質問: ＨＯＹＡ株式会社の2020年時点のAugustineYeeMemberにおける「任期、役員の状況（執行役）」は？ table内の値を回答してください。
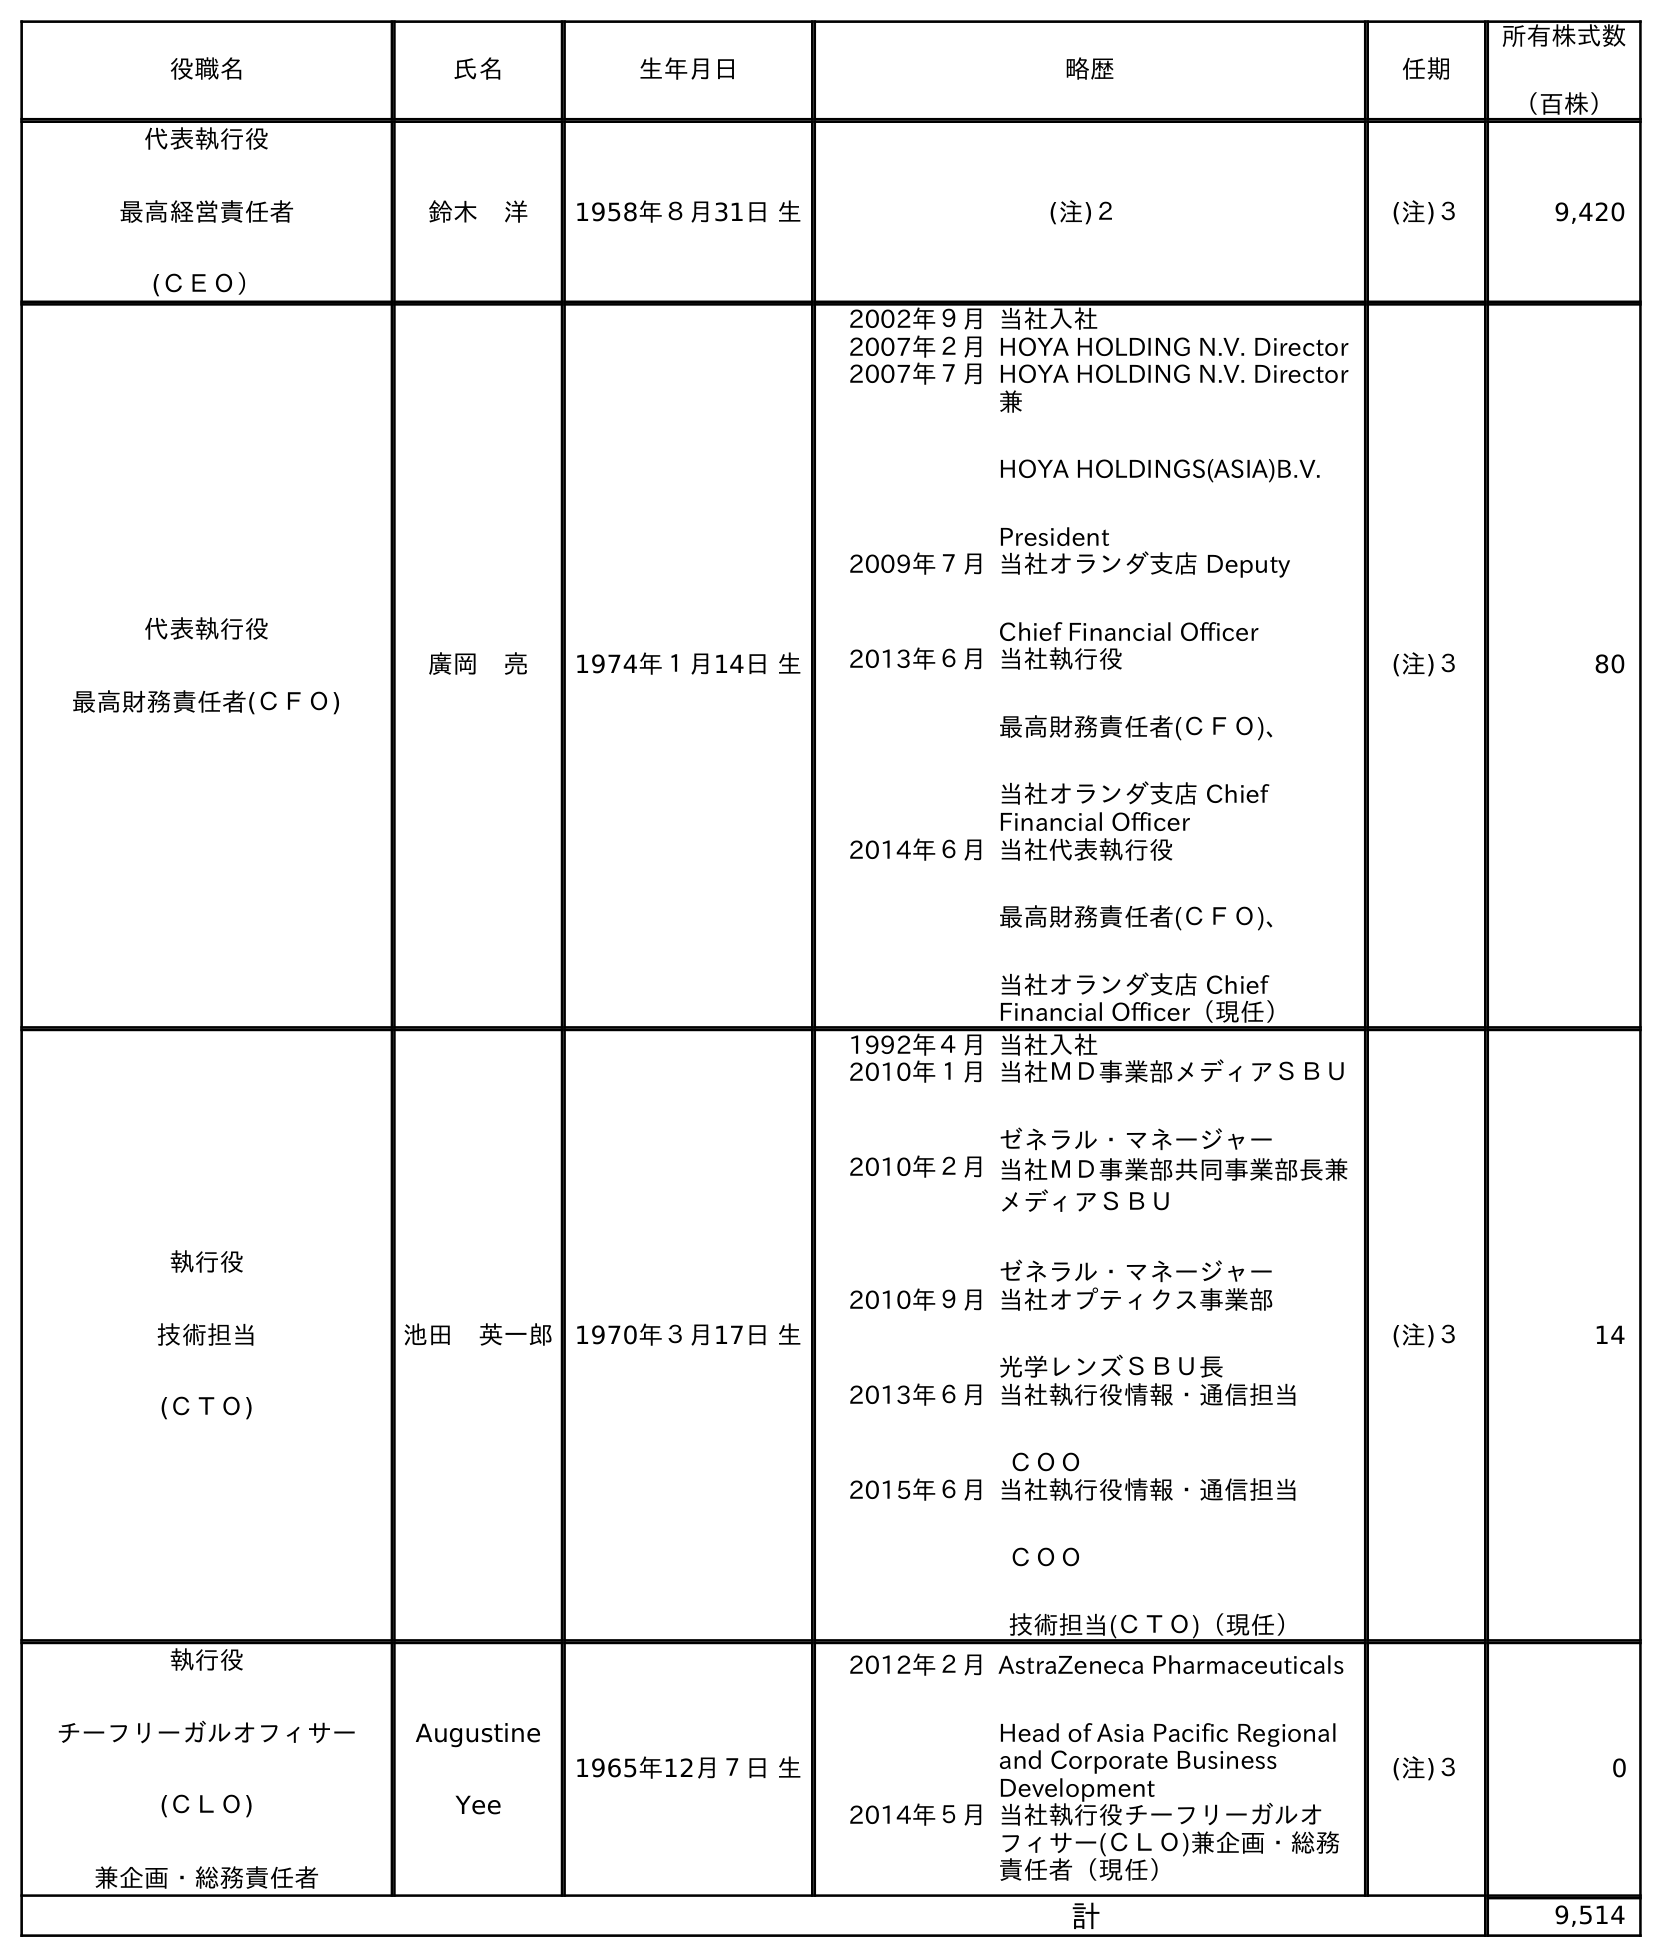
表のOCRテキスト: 役職名 氏名 生年月日 略歴 任期 所有株式数 （百株） 代表執行役 最高経営責任者 (ＣＥＯ） 鈴木 洋 1958年８月31日 生 (注)２ (注)３ 9,420 代表執行役 最高財務責任者(ＣＦＯ) 廣岡 亮 1974年１月14日 生 2002年９月当社入社 2007年２月HOYA HOLDING N.V. Director 2007年７月HOYA HOLDING N.V. Director 兼 HOYA HOLDINGS(ASIA)B.V. President 2009年７月当社オランダ支店 Deputy Chief Financial Officer 2013年６月当社執行役 最高財務責任者(ＣＦＯ)、 当社オランダ支店 Chief Financial Officer 2014年６月当社代表執行役 最高財務責任者(ＣＦＯ)、 当社オランダ支店 Chief Financial Officer（現任） (注)３ 80 執行役 技術担当 (ＣＴＯ) 池田 英一郎 1970年３月17日 生 1992年４月当社入社 2010年１月当社ＭＤ事業部メディアＳＢＵ ゼネラル・マネージャー 2010年２月当社ＭＤ事業部共同事業部長兼 メディアＳＢＵ ゼネラル・マネージャー 2010年９月当社オプティクス事業部 光学レンズＳＢＵ長 2013年６月当社執行役情報・通信担当 ＣＯＯ 2015年６月当社執行役情報・通信担当 ＣＯＯ 技術担当(ＣＴＯ)（現任） (注)３ 14 執行役 チーフリーガルオフィサー (ＣＬＯ) 兼企画・総務責任者 Augustine Yee 1965年12月７日 生 2012年２月AstraZeneca Pharmaceuticals Head of Asia Pacific Regional and Corporate Business Development 2014年５月当社執行役チーフリーガルオ フィサー(ＣＬＯ)兼企画・総務 責任者（現任） (注)３ 0 計 9,514
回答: (注)３